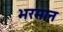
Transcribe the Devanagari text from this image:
भरमान